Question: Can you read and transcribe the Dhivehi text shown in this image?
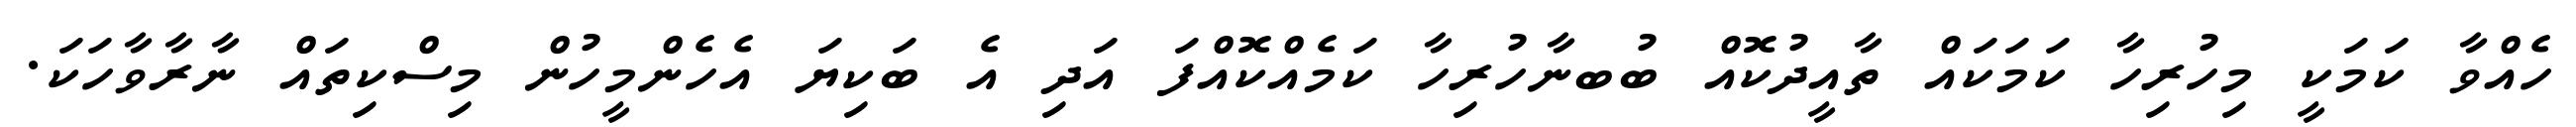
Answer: ހެއްވާ ކަމަކީ މިހުރިހާ ކަމަކައް ތާއީދުކޮއް ބުބނާހުރިހާ ކަމެއްކޮއްފަ އަދި އެ ބަކިޔަ އެހެންމީހުން މިސްކިތައް ނާރާވާހަކަ.